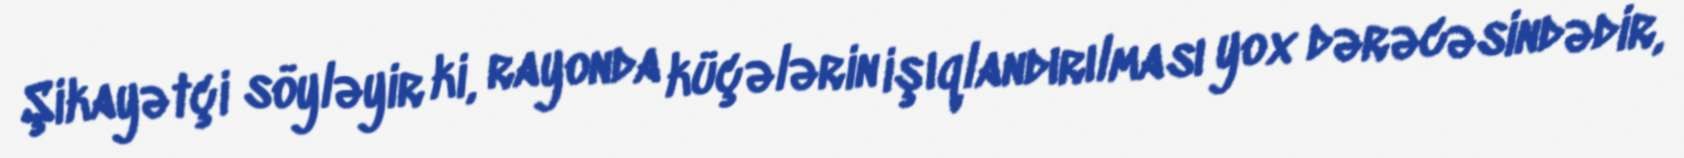
Şikayətçi söyləyir ki, rayonda küçələrin işıqlandırılması yox dərəcəsindədir,